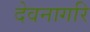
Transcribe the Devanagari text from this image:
देवनागरि